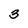
Character: 3